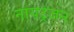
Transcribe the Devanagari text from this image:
नायट्रजन